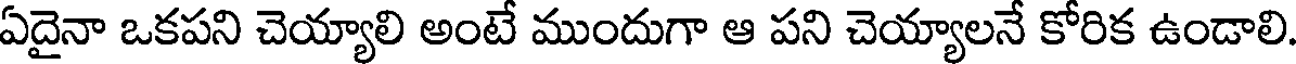
ఏదైనా ఒకపని చెయ్యాలి అంటే ముందుగా ఆ పని చెయ్యాలనే కోరిక ఉండాలి